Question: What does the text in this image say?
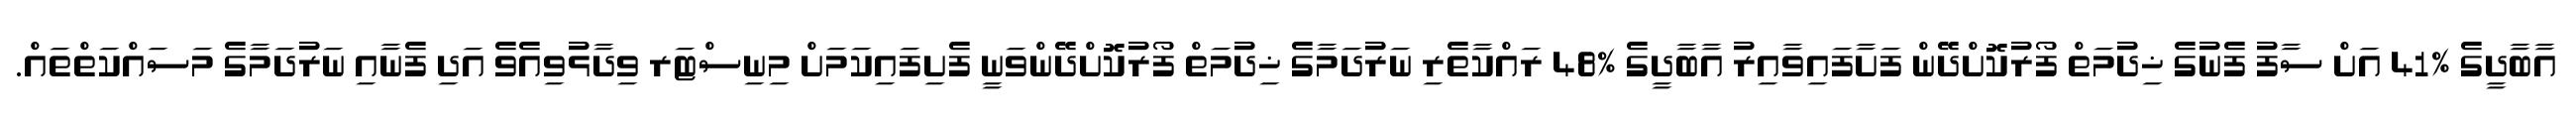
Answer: އާބާދީގެ %41 އަށް ސާފު ފެނުގެ ޚިދުމަތް ފޯރުކޮށްދޭން ފަށާފައިވާއިރު އާބާދީގެ %48 ރައްކާތެރި ނަރުދަމާގެ ޚިދުމަތް ފޯރުކޮށްދޭންވަނީ ފެށިފައިކަމަށް މިނިސްޓަރ ވިދާޅުވިއެވެ އަދި ފެނާއި ނަރުދަމާގެ މަސައްކަތްތައް.